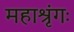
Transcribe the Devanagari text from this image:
महाश्रृंगः